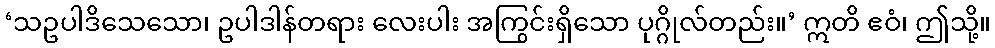
‘သဥပါဒိသေသော၊ ဥပါဒါန်တရား လေးပါး အကြွင်းရှိသော ပုဂ္ဂိုလ်တည်း။’ ဣတိ ဧဝံ၊ ဤသို့။